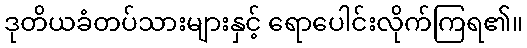
ဒုတိယခံတပ်သားများနှင့် ရောပေါင်းလိုက်ကြရ၏။